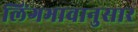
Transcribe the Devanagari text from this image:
लिंगभावानुसार